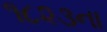
૧૮૨૩ના